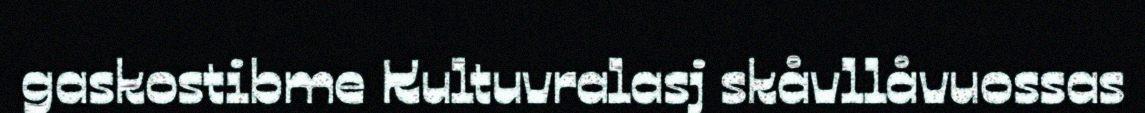
gaskostibme Kultuvralasj skåvllåvuossas